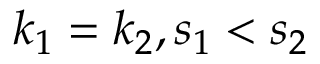
k _ { 1 } = k _ { 2 } , s _ { 1 } < s _ { 2 }